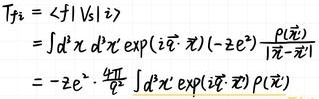
\[
\begin{align*}
T_{f i} & =\langle f|V_{s i}| i\rangle \\
& =\int d^{4} x d^{4} x^{\prime} \exp (i \vec{q} \cdot \vec{x})\left(-2 e^{2}\right) \frac{\rho\left(\vec{x}^{\prime}\right)}{\left|\vec{x}-\vec{x}^{\prime}\right|} \\
& =-2 e^{2} \cdot \frac{4 \pi}{q^{2}} \int d^{3} x^{\prime} \exp \left(i \vec{q} \cdot \vec{x}^{\prime}\right) \rho\left(\vec{x}^{\prime}\right)
\end{align*}
\]